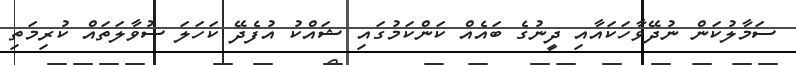
ސަމާލުކަން ނުދޭވާހަކައާއި ދީނުގެ ބައެއް ކަންކަމުގައި ޝައްކު އުފެދޭ ކަހަލަ ސުވާލަތައް ކުރިމަތި